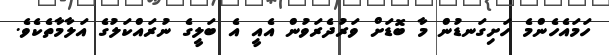
ހަމައެހެންމެ ހަށިގަނޑުން މާ ބޮޑަށް ވަރުދެރަވުން އެއީ އެ ބަލީގެ ނުރައްކަލުގެ އަލާމާތެކެވެ.